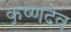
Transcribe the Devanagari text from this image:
कृष्‍णदेव